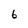
Character: 6